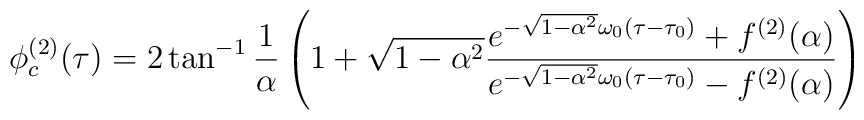
\phi^{(2)}_c(\tau) =2\tan^{-1}\frac{1}{\alpha}\left(1 +\sqrt{1-\alpha^2}{\frac {e^{-\sqrt{1-\alpha^2}\omega_0(\tau-\tau_0)}+f^{(2)}(\alpha)}{e^{-\sqrt{1-\alpha^2}\omega_0(\tau-\tau_0)}-f^{(2)}(\alpha)}}\right)